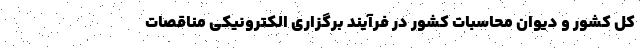
کل کشور و دیوان محاسبات کشور در فرآیند برگزاری الکترونیکی مناقصات